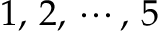
1 , \, 2 , \, \cdots { } , \, 5